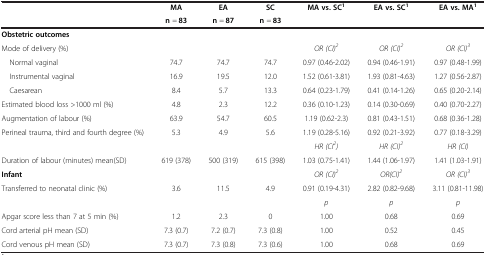
<table><thead><tr><td><b> </b></td><td><b>MA</b></td><td><b>EA</b></td><td><b>SC</b></td><td><b>MA vs. SC<sup>1</sup></b></td><td><b>EA vs. SC<sup>1</sup></b></td><td><b>EA vs. MA<sup>1</sup></b></td></tr><tr><td><b> </b></td><td><b>n = 83</b></td><td><b>n = 87</b></td><td><b>n = 83</b></td><td><b> </b></td><td><b> </b></td><td><b> </b></td></tr></thead><tbody><tr><td><b>Obstetric outcomes</b></td><td> </td><td> </td><td> </td><td> </td><td> </td><td> </td></tr><tr><td>Mode of delivery (%)</td><td> </td><td> </td><td> </td><td><i>OR (CI)</i><sup><i>2</i></sup></td><td><i>OR (CI)</i><sup><i>2</i></sup></td><td><i>OR (CI)</i><sup><i>3</i></sup></td></tr><tr><td> Normal vaginal</td><td>74.7</td><td>74.7</td><td>74.7</td><td>0.97 (0.46-2.02)</td><td>0.94 (0.46-1.91)</td><td>0.97 (0.48-1.99)</td></tr><tr><td> Instrumental vaginal</td><td>16.9</td><td>19.5</td><td>12.0</td><td>1.52 (0.61-3.81)</td><td>1.93 (0.81-4.63)</td><td>1.27 (0.56-2.87)</td></tr><tr><td> Caesarean</td><td>8.4</td><td>5.7</td><td>13.3</td><td>0.64 (0.23-1.79)</td><td>0.41 (0.14-1.26)</td><td>0.65 (0.20-2.14)</td></tr><tr><td>Estimated blood loss &gt;1000 ml (%)</td><td>4.8</td><td>2.3</td><td>12.2</td><td>0.36 (0.10-1.23)</td><td>0.14 (0.30-0.69)</td><td>0.40 (0.70-2.27)</td></tr><tr><td>Augmentation of labour (%)</td><td>63.9</td><td>54.7</td><td>60.5</td><td>1.19 (0.62-2.3)</td><td>0.81 (0.43-1.51)</td><td>0.68 (0.36-1.28)</td></tr><tr><td>Perineal trauma, third and fourth degree (%)</td><td>5.3</td><td>4.9</td><td>5.6</td><td>1.19 (0.28-5.16)</td><td>0.92 (0.21-3.92)</td><td>0.77 (0.18-3.29)</td></tr><tr><td> </td><td> </td><td> </td><td> </td><td><i>HR (CI</i><sup><i>2</i></sup><i>)</i></td><td><i>HR (CI)</i><sup><i>2</i></sup></td><td><i>HR (CI)</i></td></tr><tr><td>Duration of labour (minutes) mean(SD)</td><td>619 (378)</td><td>500 (319)</td><td>615 (398)</td><td>1.03 (0.75-1.41)</td><td>1.44 (1.06-1.97)</td><td>1.41 (1.03-1.91)</td></tr><tr><td><b>Infant</b></td><td> </td><td> </td><td> </td><td><i>OR (CI)</i><sup><i>2</i></sup></td><td><i>OR(CI)</i><sup><i>2</i></sup></td><td><i>OR (CI)</i><sup><i>3</i></sup></td></tr><tr><td>Transferred to neonatal clinic (%)</td><td>3.6</td><td>11.5</td><td>4.9</td><td>0.91 (0.19-4.31)</td><td>2.82 (0.82-9.68)</td><td>3.11 (0.81-11.98)</td></tr><tr><td> </td><td> </td><td> </td><td> </td><td><i>p</i></td><td><i>p</i></td><td><i>p</i></td></tr><tr><td>Apgar score less than 7 at 5 min (%)</td><td>1.2</td><td>2.3</td><td>0</td><td>1.00</td><td>0.68</td><td>0.69</td></tr><tr><td>Cord arterial pH mean (SD)</td><td>7.3 (0.7)</td><td>7.2 (0.7)</td><td>7.3 (0.8)</td><td>1.00</td><td>0.52</td><td>0.45</td></tr><tr><td>Cord venous pH mean (SD)</td><td>7.3 (0.7)</td><td>7.3 (0.8)</td><td>7.3 (0.6)</td><td>1.00</td><td>0.68</td><td>0.69</td></tr></tbody></table>